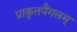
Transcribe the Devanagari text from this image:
प्राकृतपैंगलम्‌